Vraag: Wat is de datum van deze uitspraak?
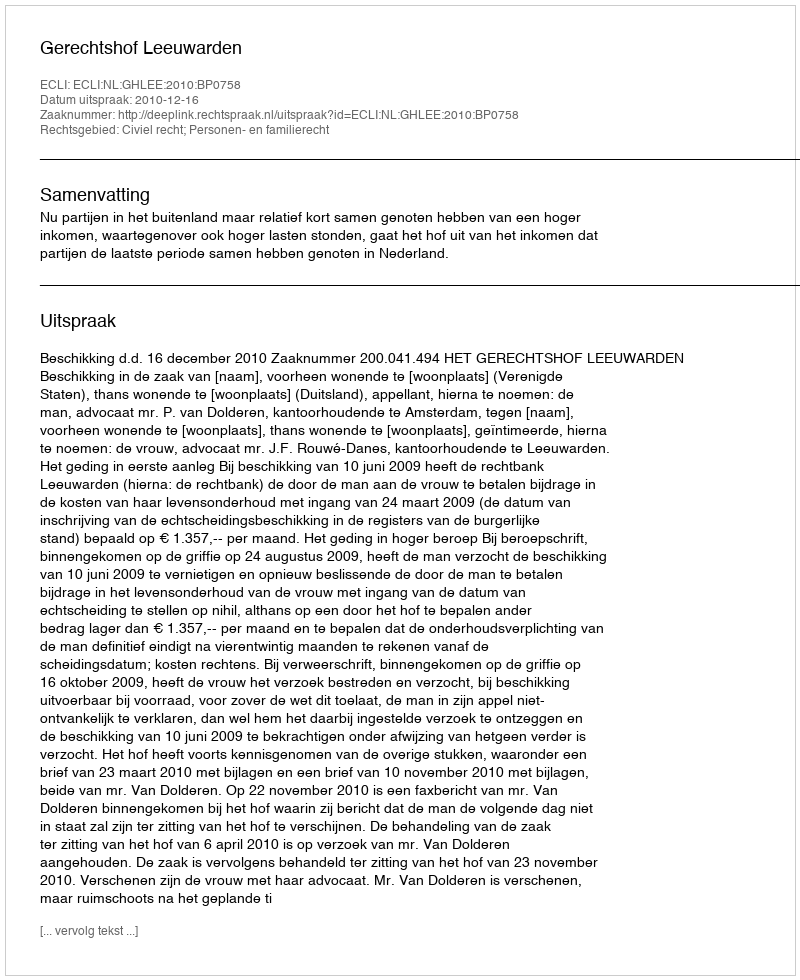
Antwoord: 2010-12-16